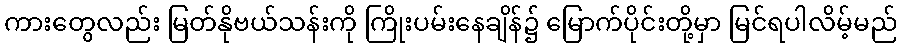
ကားတွေလည်း မြတ်နိုဗယ်သန်းကို ကြိုးပမ်းနေချိန်၌ မြောက်ပိုင်းတို့မှာ မြင်ရပါလိမ့်မည်